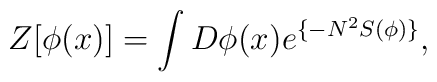
Z[\phi (x)] = \int D\phi (x) e^{\{-N^2S(\phi)\}},